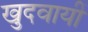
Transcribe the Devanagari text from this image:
खुदवायीं